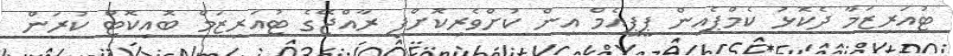
ޓުއަރިޒަމާ ދެކޮޅު ކެމްޕެއިން ޕީޕީއެމް އިން ކުށްވެރިކޮށްފި ރާއްޖޭގެ ޓުއަރިޒަމް ބޮއިކޮޓް ކުރަން